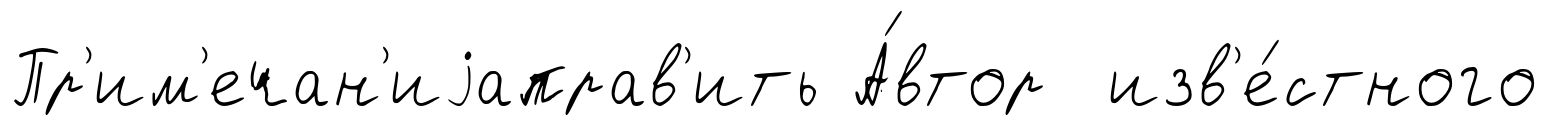
Пр'им'ечан'иjаправ'ить А́втор изв'е́стного